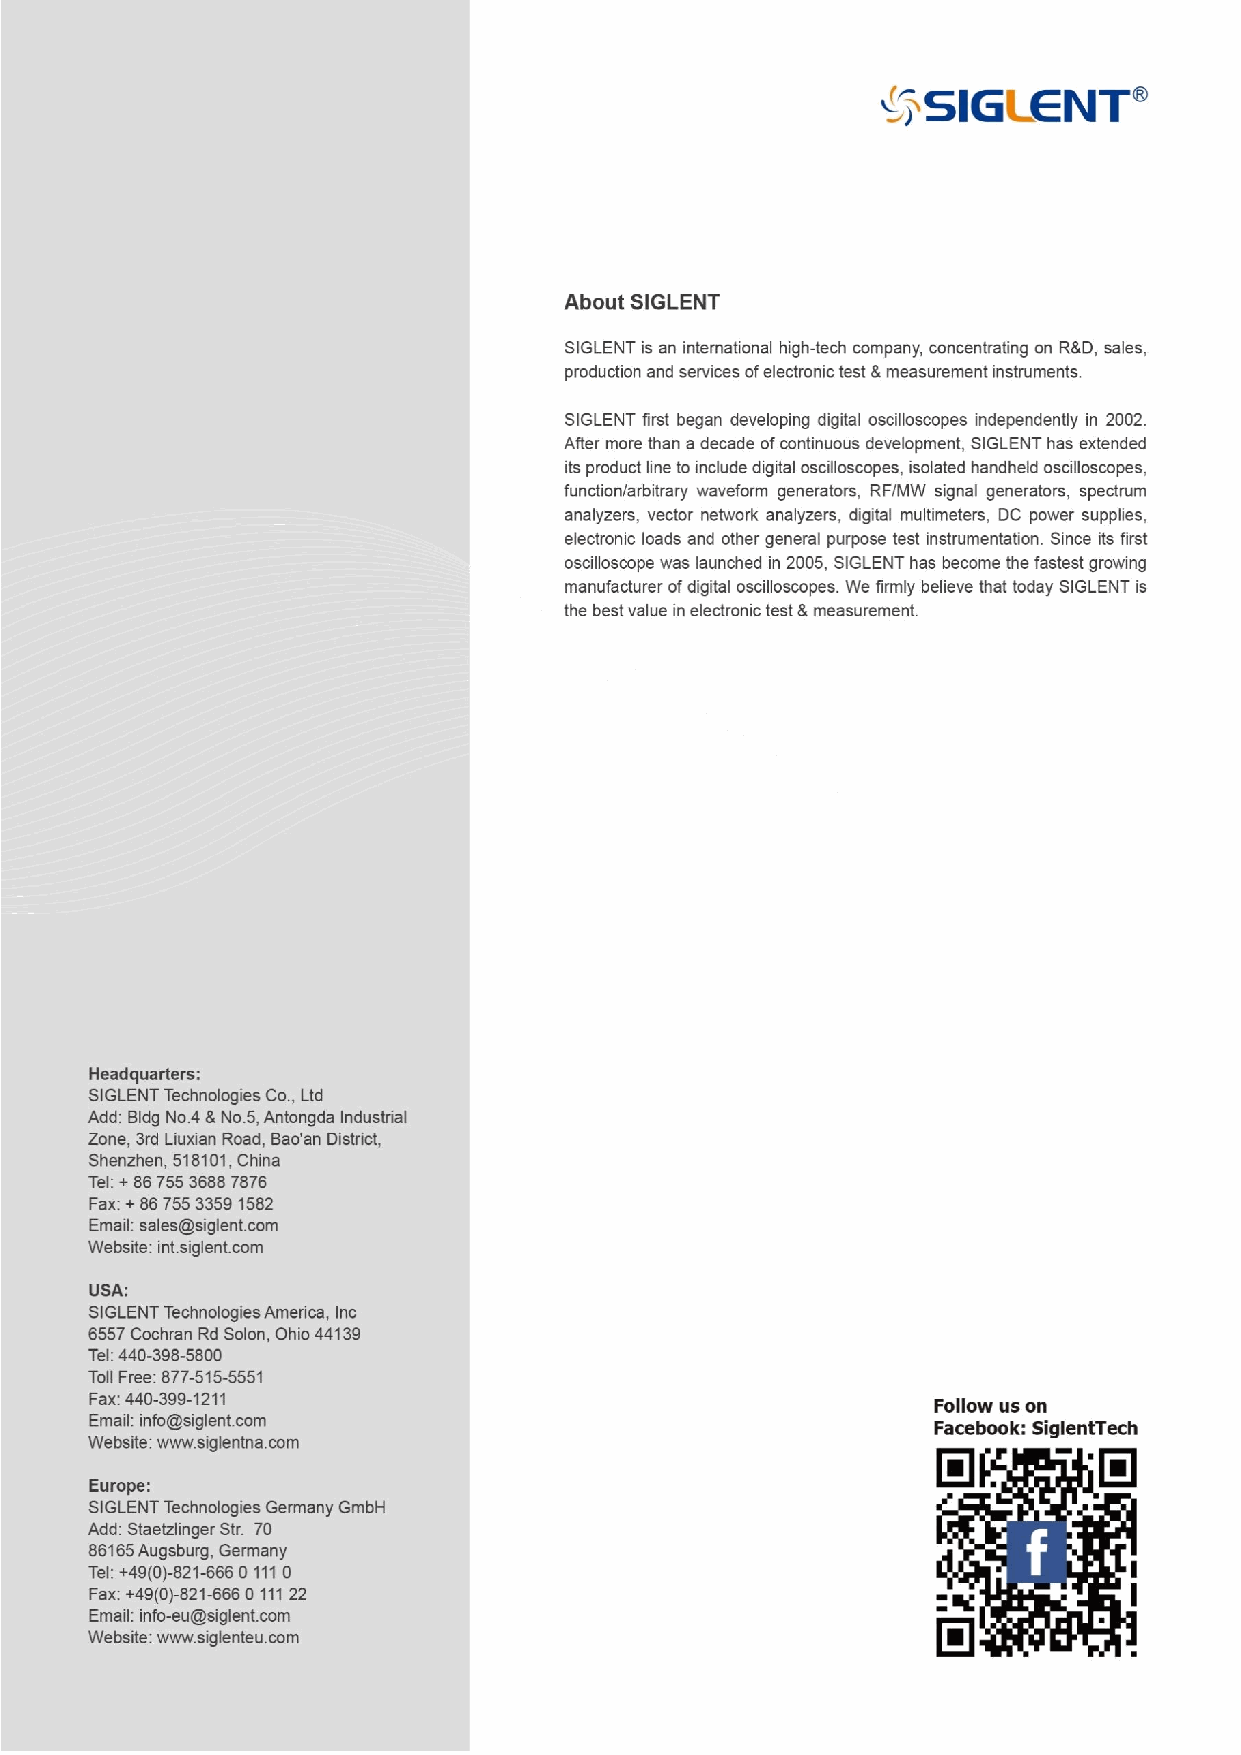
SAP1000/SAP2500 Active Probe User Manual                19